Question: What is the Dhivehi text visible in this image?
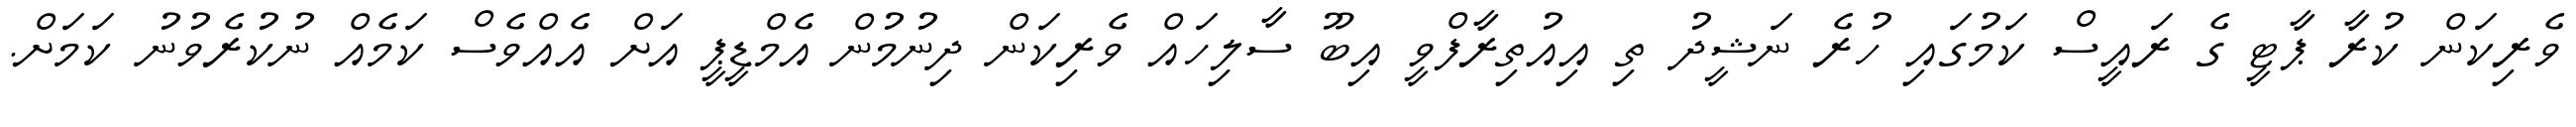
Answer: ވެރިކަން ކުރާ ޕާޓީ ގެ ރައީސް ކަމުގައި ހުރެ ނަޝީދު ތި އިއުތިރާފްވީ އިބޫ ސާލިހައް ވެރިކަން ދިނުމުން އެމްޑީޕީ އަށް އެއްވެސް ކަމެއް ނުކުރެވުނު ކަމަށް.